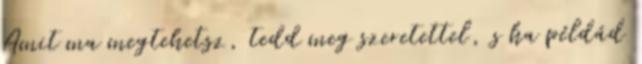
Amit ma megtehetsz, tedd meg szeretettel, s ha példád